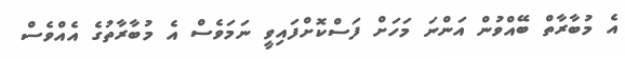
އެ މުބާރާތް ބޭއްވުން އަންނަ މަހަށް ފަސްކޮށްފައިވީ ނަމަވެސް އެ މުބާރާތުގެ އެއްވެސް